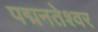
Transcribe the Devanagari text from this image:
पद्मनतेश्वर